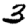
Digit: 3